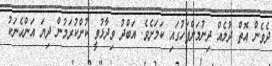
ދެވެން އޮތް ދުލެއް ދިނުމަށްފަހުގައި ކަމަށެވެ. އަބްދު ވިދާޅުވީ ކުށްކުރަމުން ދިޔަ އަންހެނަކު